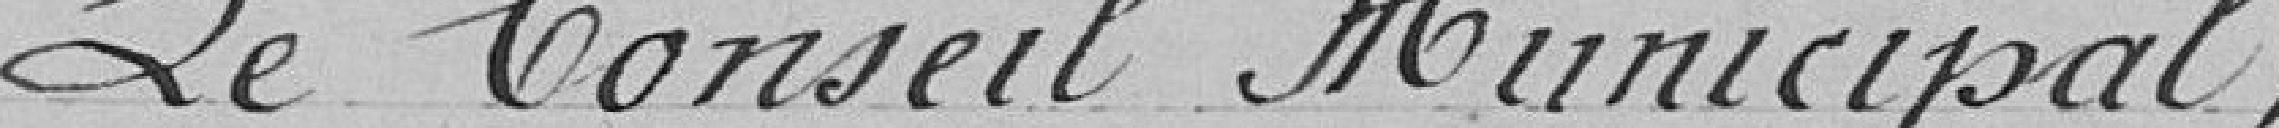
Le Conseil Municipal